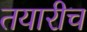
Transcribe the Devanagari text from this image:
तयारीच